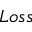
L o s s